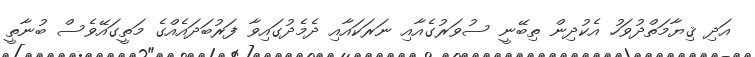
އަދި ޤިޔާމަތްދުވަހު އެކުދިން ތިބޭނީ ސުވަރުގެއާއި ނަރަކައާއި ދެމެދުގައިވާ ފަރުބަދައެއްގެ މަތީގައޭވެސް ބުނާތީ